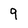
Character: 9